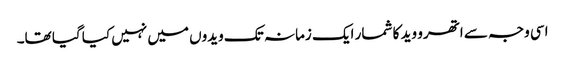
اسی وجہ سے اتھرو وید کا شمار ایک زمانہ تک ویدوں میں نہیں کیا گیا تھا۔